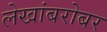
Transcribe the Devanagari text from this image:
लेखांबरोबर